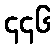
၄၄၆